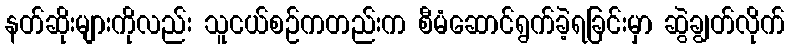
နတ်ဆိုးများကိုလည်း သူငယ်စဉ်ကတည်းက စီမံဆောင်ရွက်ခဲ့ရခြင်းမှာ ဆွဲချွတ်လိုက်